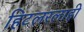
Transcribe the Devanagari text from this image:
हिटलरलाही